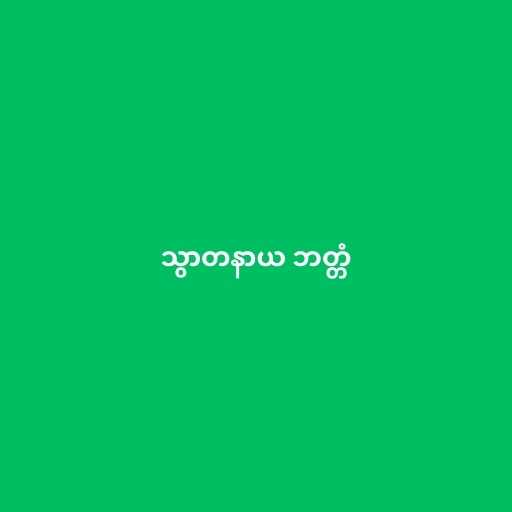
သွာတနာယ ဘတ္တံ